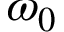
\omega _ { 0 }